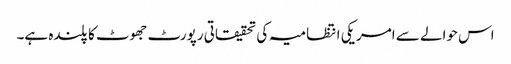
اس حوالے سے امریکی انتظامیہ کی تحقیقاتی رپورٹ جھوٹ کا پلندہ ہے۔